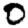
Digit: 0